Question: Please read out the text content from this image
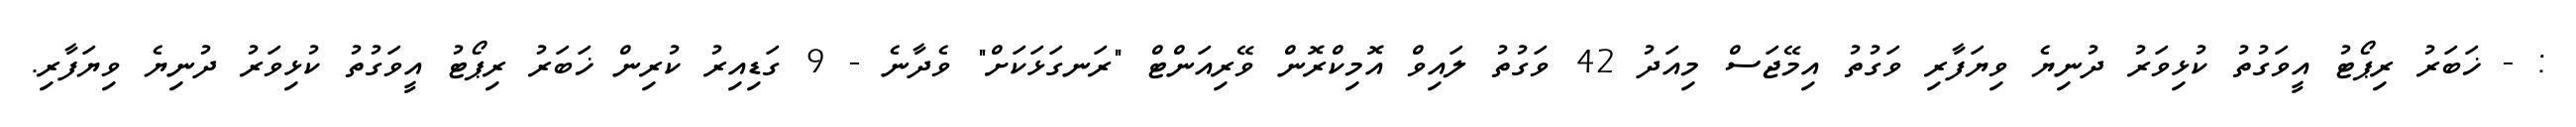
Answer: : - ޚަބަރު ރިޕޯޓު އީވަގުތު ކުޅިވަރު ދުނިޔެ ވިޔަފާރި ވަގުތު އިމޭޖަސް މިއަދު 42 ވަގުތު ލައިވް އޮމިކްރޮން ވޭރިއަންޓް "ރަނގަޅަކަށް" ވެދާނެ - 9 ގަޑިއިރު ކުރިން ޚަބަރު ރިޕޯޓު އީވަގުތު ކުޅިވަރު ދުނިޔެ ވިޔަފާރި.